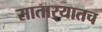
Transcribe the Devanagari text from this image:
सातार्‍यातच